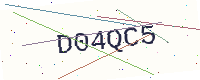
Text: D04QC5